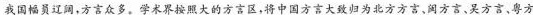
我国幅员辽阔，方言众多。学术界按照大的方言区，将中国方言大致归为北方方言、润方言、吴方言、粤方